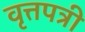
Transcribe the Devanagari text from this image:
वृत्तपत्री